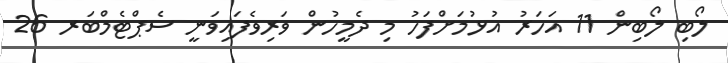
ލޯބި ލޯބިން 11 އަހަރު އުޅުމަށްފަހު މި ދެމީހުން ވަރިވެފައިވަނީ ސެޕްޓެމްބަރ 26